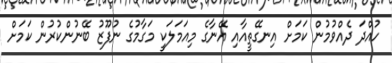
ހުއްދަ ދެއްވުމުން ކަމަށް އިނގޭތީއާއި އޭނާގެ މިއަމަލަކީ މަގާމުގެ ނުފޫޒު ބޭނުންކުރުން ކަމަށް